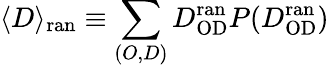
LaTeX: \langle D\rangle_{\mathrm{ran}}\equiv\sum_{(O,D)}D_{\mathrm{OD}}^{\mathrm{ran}}P(D_{\mathrm{OD}}^{\mathrm{ran}})